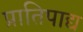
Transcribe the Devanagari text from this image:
प्रातिपाद्य